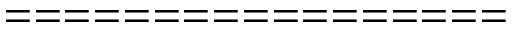
= = = = = = = = = = = = = = = = =